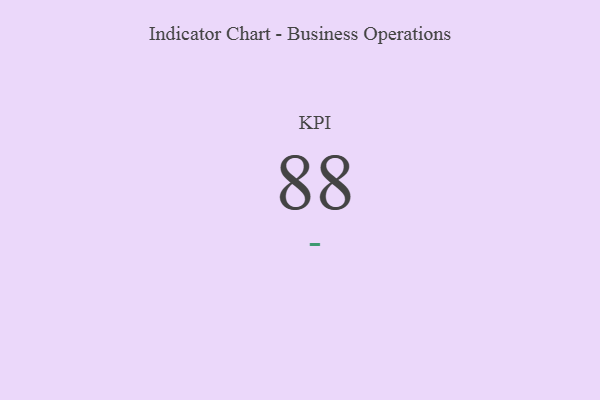
{"axis": {"x": "KPI", "y": "Value"}, "legend": [""], "data": [{"x": "KPI", "y": 88, "type": ""}]}